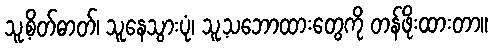
သူ့စိတ်ဓာတ်၊ သူနေသွားပုံ၊ သူ့သဘောထားတွေကို တန်ဖိုးထားတာ။